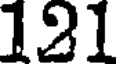
121